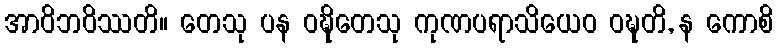
အာဝိဘဝိဿတိ။ တေသု ပန ဝဍ္ဎိတေသု ကုဏပရာသိယေဝ ဝဍ္ဎတိ, န ကောစိ